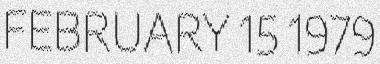
FEBRUARY 15 1979